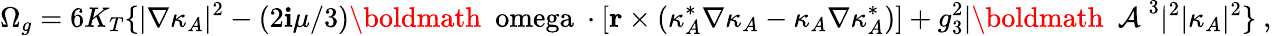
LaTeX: \Omega_{g}=6K_{T}\{ |\nabla\kappa_{A}|^{2}-(2\mathbf{i}\mu/3)\mathrm{{\boldmath~\ omega~}}\cdot[{\mathbf{r}}\times(\kappa_{A}^{*}\nabla\kappa_{A}-\kappa_{A}\nabla\kappa_{A}^{*})]+g_{3}^{2}|\mathrm{{\boldmath~{\cal~A}~}}^{3}|^{2}|\kappa_{A}|^{2}\} \ ,